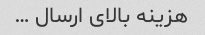
هزینه بالای ارسال …